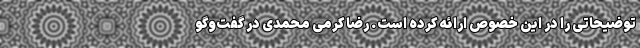
توضیحاتی را در این خصوص ارائه کرده است. رضا کرمی محمدی در گفت‌وگو